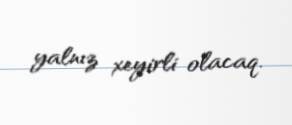
yalnız xeyirli olacaq.